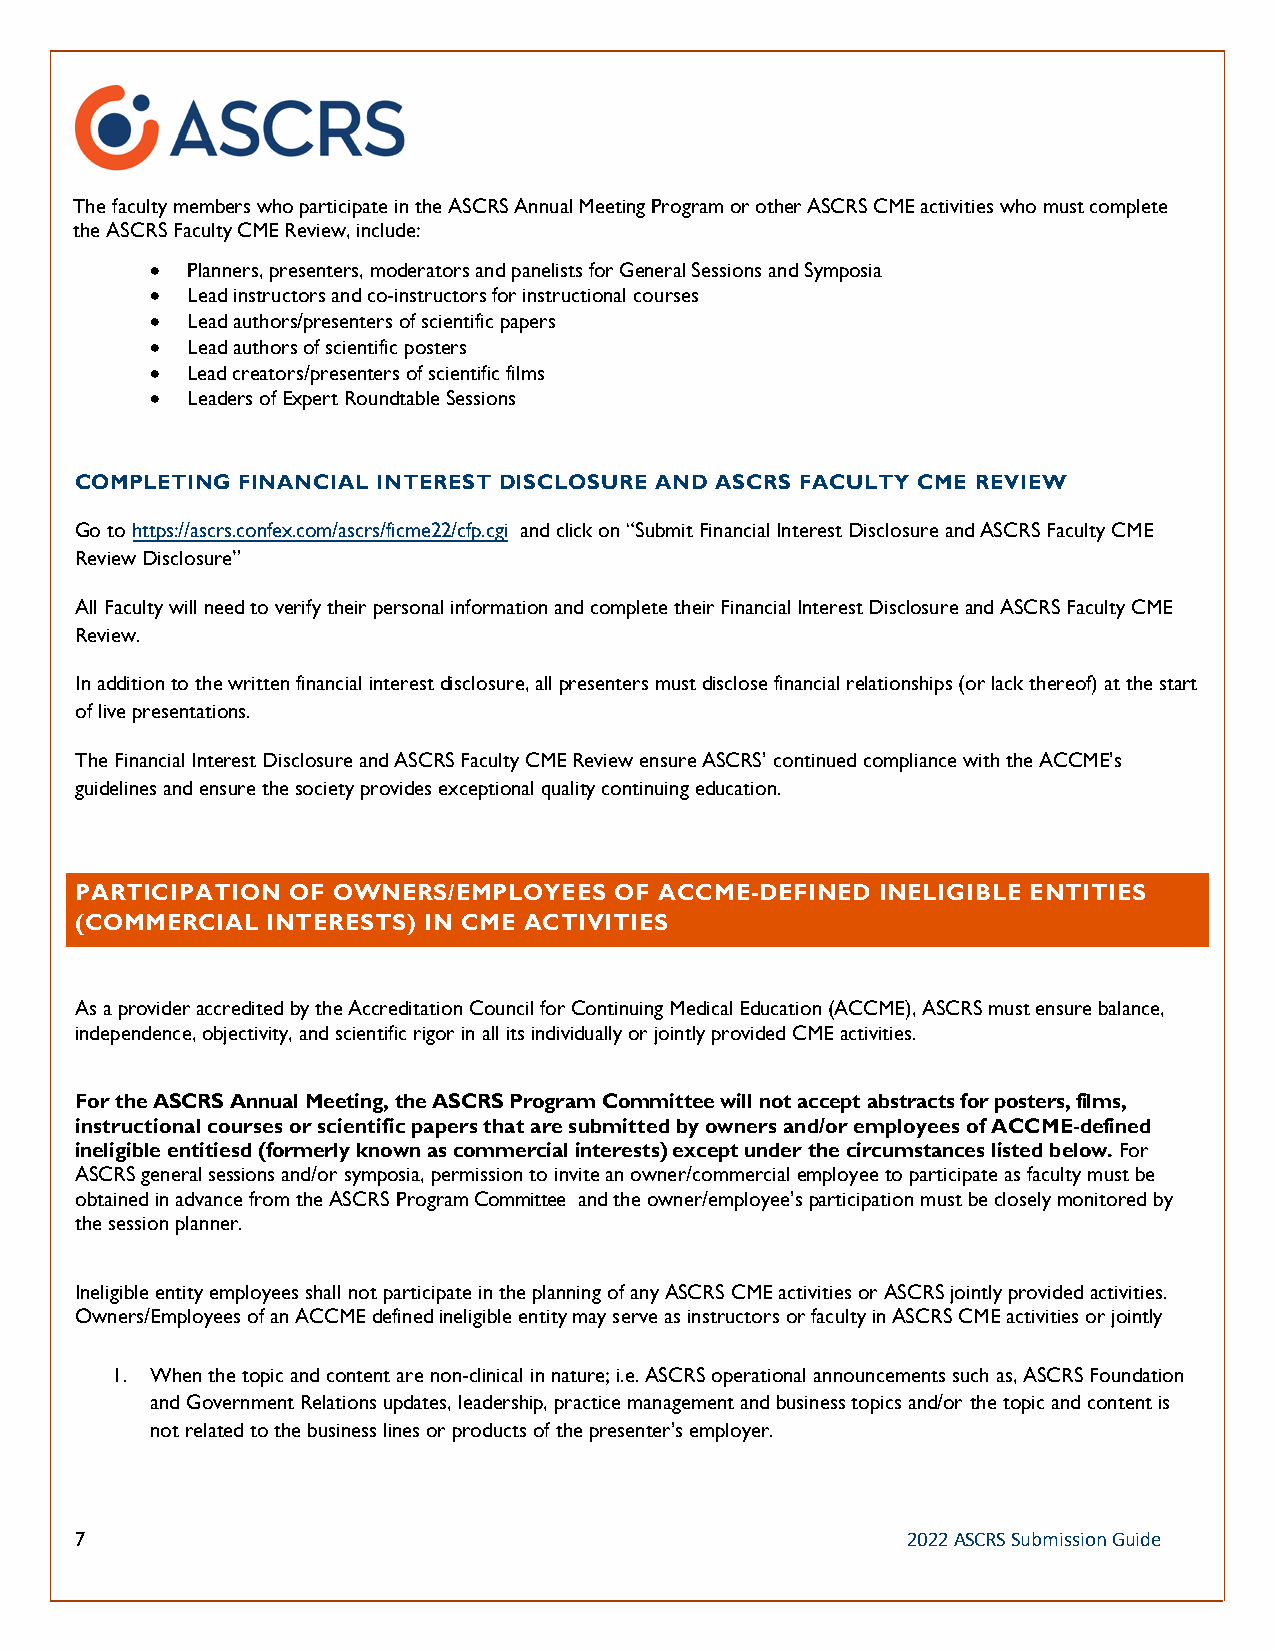
The faculty members who participate in the ASCRS Annual Meeting Program or other ASCRS CME activities who must complete
 the ASCRS Faculty CME Review, include:
 • Planners, presenters, moderators and panelists for General Sessions and Symposia
 • Lead instructors and co-instructors for instructional courses
 • Lead authors/presenters of scientific papers
 • Lead authors of scientific posters
 • Lead creators/presenters of scientific films
 • Leaders of Expert Roundtable Sessions
 COMPLETING FINANCIAL INTEREST DISCLOSURE AND ASCRS FACULTY CME REVIEW
 Go to https://ascrs.confex.com/ascrs/ficme22/cfp.cgi and click on “Submit Financial Interest Disclosure and ASCRS Faculty CME
 Review Disclosure”
 All Faculty will need to verify their personal information and complete their Financial Interest Disclosure and ASCRS Faculty CME
 Review.
 In addition to the written financial interest disclosure, all presenters must disclose financial relationships (or lack thereof) at the start
 of live presentations.
 The Financial Interest Disclosure and ASCRS Faculty CME Review ensure ASCRS’ continued compliance with the ACCME’s
 guidelines and ensure the society provides exceptional quality continuing education.
 PARTICIPATION OF OWNERS/EMPLOYEES  OF ACCME-DEFINED  INELIGIBLE ENTITIES
 (COMMERCIAL  INTERESTS) IN CME ACTIVITIES
 As a provider accredited by the Accreditation Council for Continuing Medical Education (ACCME), ASCRS must ensure balance,
 independence, objectivity, and scientific rigor in all its individually or jointly provided CME activities.
 For the ASCRS Annual Meeting, the ASCRS Program Committee will not accept abstracts for posters, films,
 instructional courses or scientific papers that are submitted by owners and/or employees of ACCME-defined
 ineligible entitiesd (formerly known as commercial interests) except under the circumstances listed below. For
 ASCRS general sessions and/or symposia, permission to invite an owner/commercial employee to participate as faculty must be
 obtained in advance from the ASCRS Program Committee and the owner/employee’s participation must be closely monitored by
 the session planner.
 Ineligible entity employees shall not participate in the planning of any ASCRS CME activities or ASCRS jointly provided activities.
 Owners/Employees of an ACCME defined ineligible entity may serve as instructors or faculty in ASCRS CME activities or jointly
 provided activities under the following limited circumstances:
 1. When the topic and content are non-clinical in nature; i.e. ASCRS operational announcements such as, ASCRS Foundation
 and Government Relations updates, leadership, practice management and business topics and/or the topic and content is
 not related to the business lines or products of the presenter’s employer.
 7                                                      2022 ASCRS Submission Guide